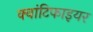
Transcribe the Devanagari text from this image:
क्वांटिफाइयर